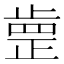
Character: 𣦐